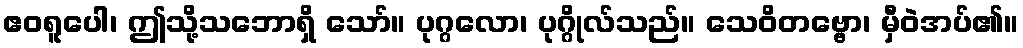
ဧဝရူပေါ၊ ဤသို့သဘောရှိ သော်။ ပုဂ္ဂလော၊ ပုဂ္ဂိုလ်သည်။ သေဝိတဗ္ဗော၊ မှီဝဲအပ်၏။